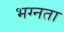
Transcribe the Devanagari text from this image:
भग्नता